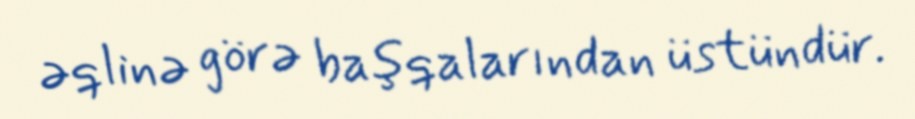
əqlinə görə başqalarından üstündür.